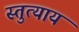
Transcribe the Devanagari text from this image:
स्तुत्याय